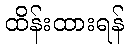
ထိန်းထားရန်